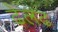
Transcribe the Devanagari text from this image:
ढेलढ